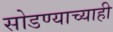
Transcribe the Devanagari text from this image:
सोडण्याच्याही